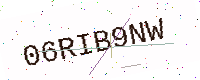
Text: 06RIB9NW